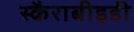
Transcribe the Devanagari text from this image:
स्कैराबीइडी